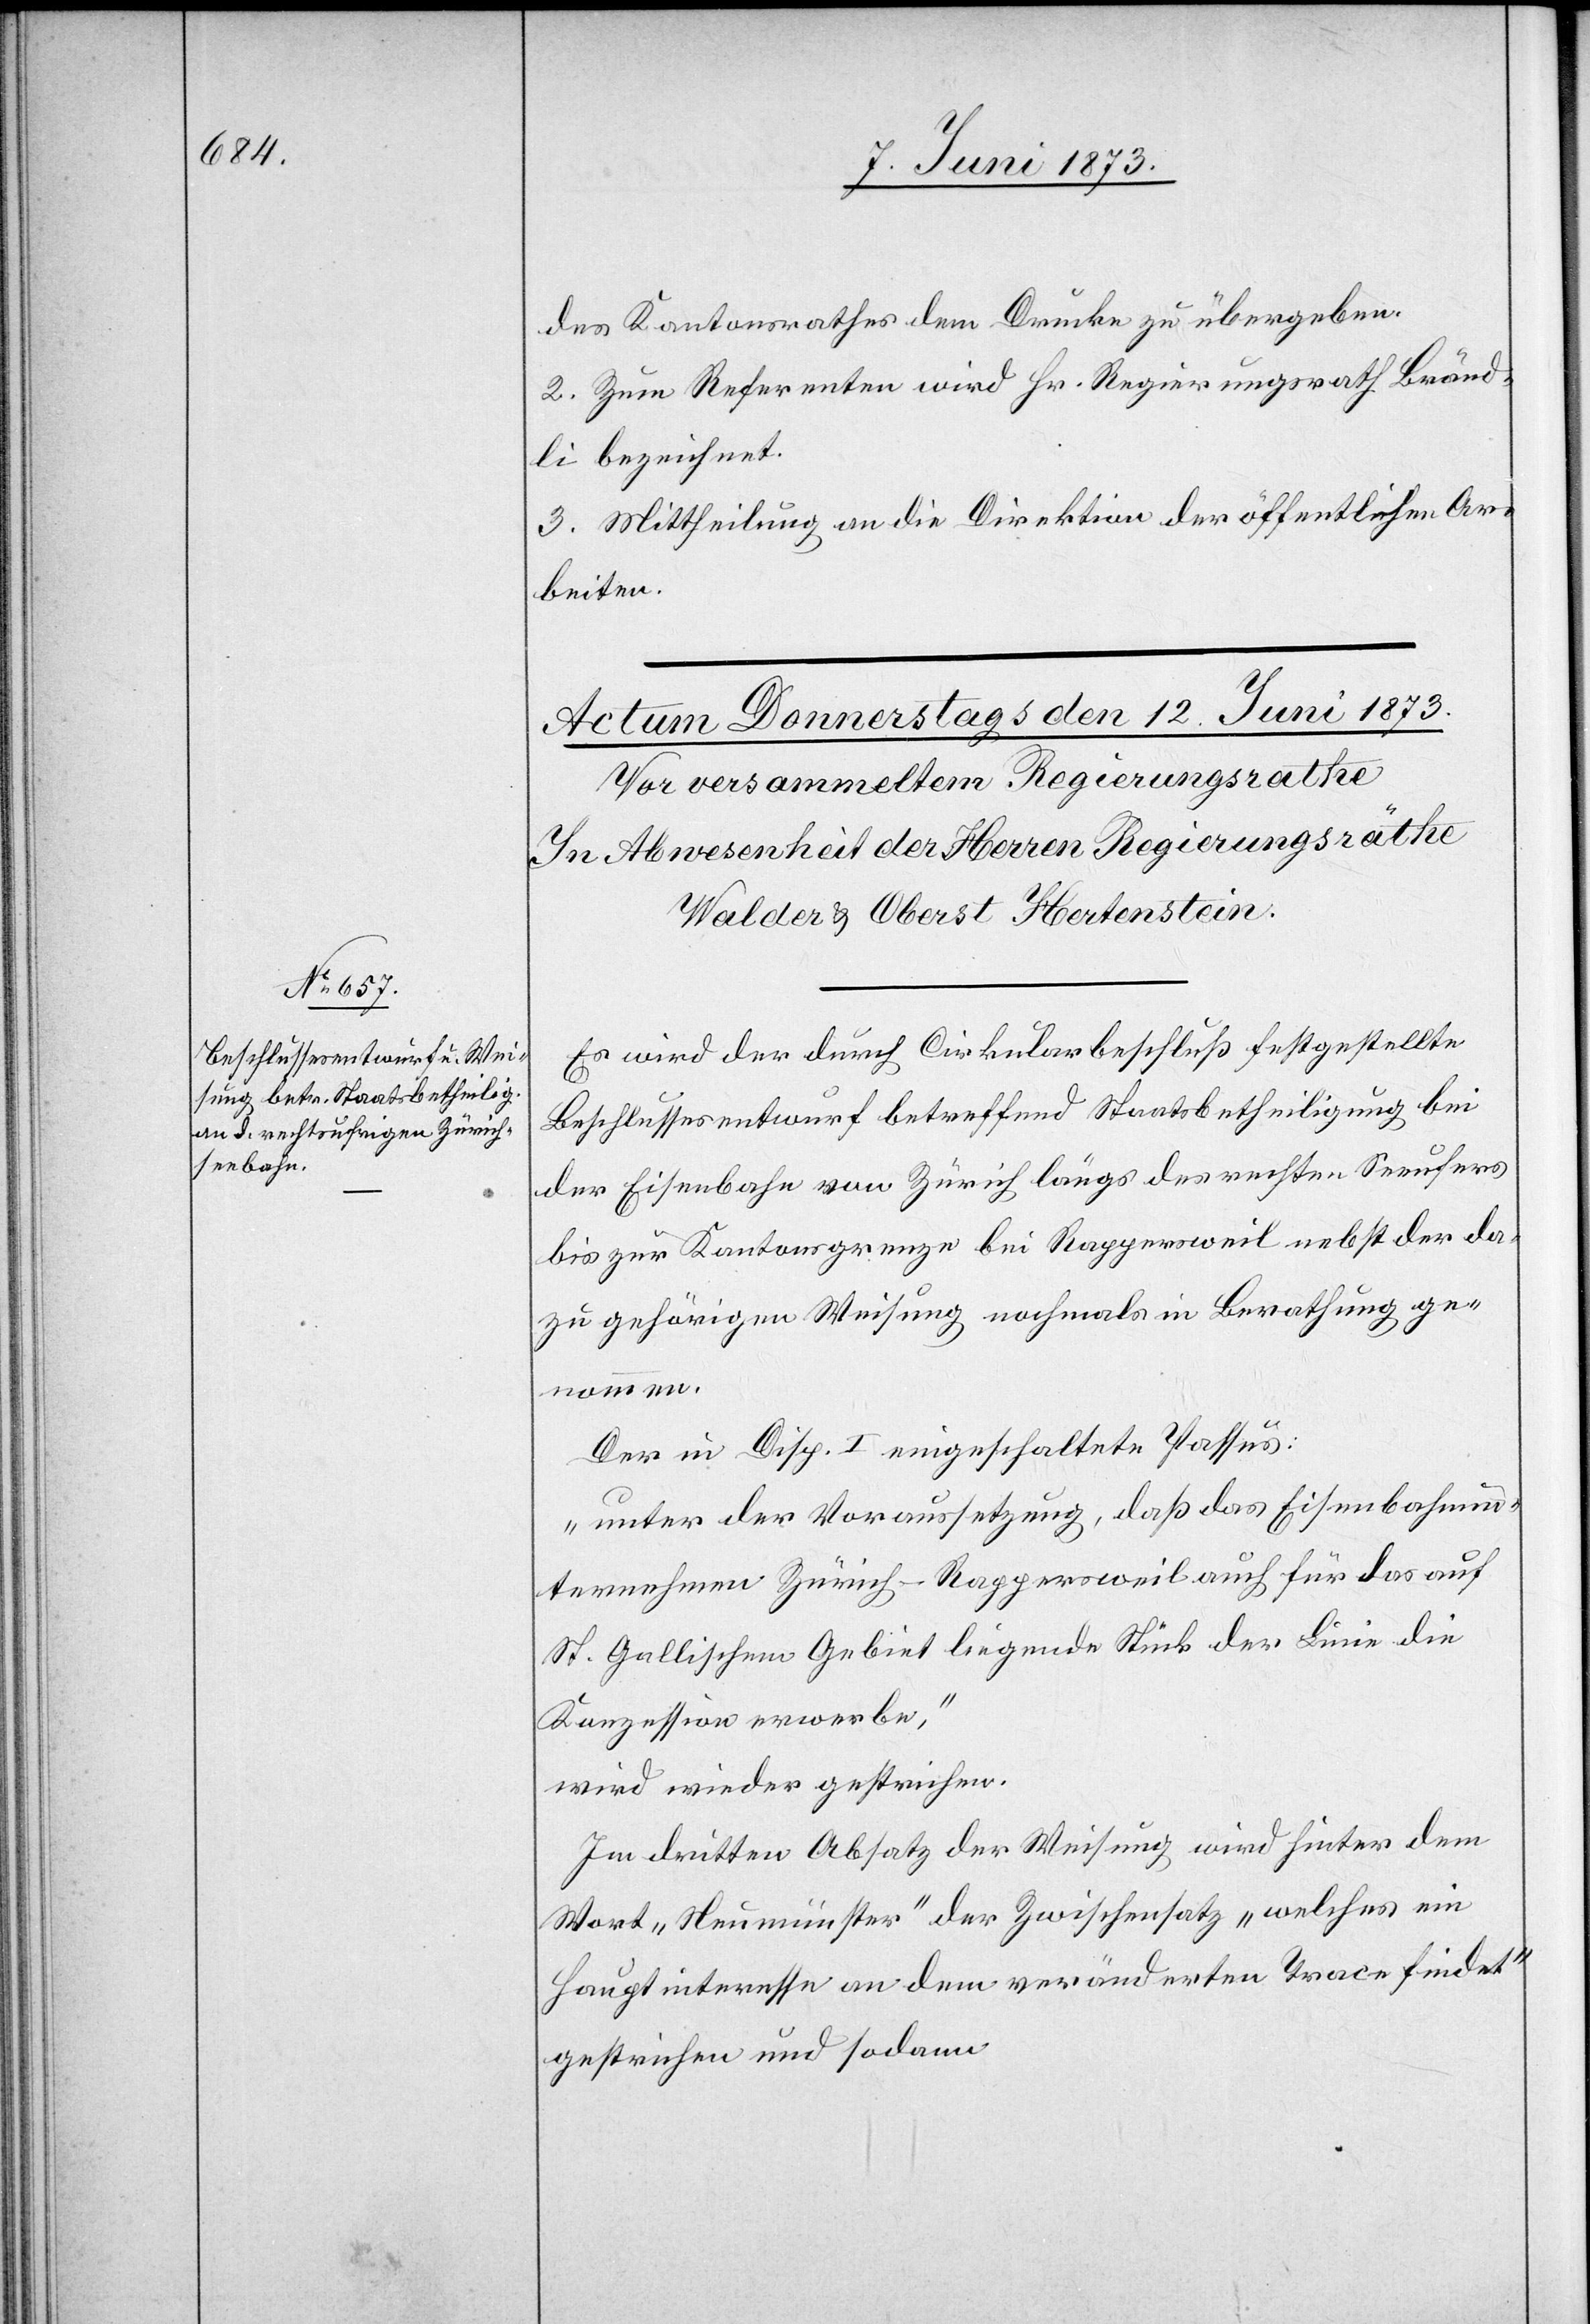
mmen.

des Kantonsrathes dem Drucke zu übergeben.
2. Zum Referenten wird Hr. Regierungsrath Bränd¬
li bezeichnet.
3. Mittheilung an die Direktion der öffentlichen Ar¬
beiten.
Es wird der durch Cirkularbeschluß festgestellte
Beschlussesentwurf betreffend Staatsbetheiligung bei
der Eisenbahn von Zürich längs des rechten Seeufers
bis zur Kantonsgrenze bei Rappersweil nebst der da¬
zu gehörigen Weisung nochmals in Berathung geno¬
Der in Disp. I eingeschaltete Passus:
„unter der Voraussetzung, daß das Eisenbahnun¬
ternehmen Zürich–Rappersweil auch für das auf
St. Gallischem Gebiet liegende Stück der Linie die
Konzession erwerbe,“
wird wieder gestrichen.
Im dritten Absatz der Weisung wird hinter dem
Wort „Neumünster“ der Zwischensatz „welches ein
Hauptinteresse an dem veränderten Trace findet“
gestrichen und sodann